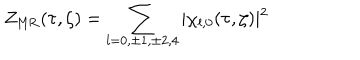
LaTeX: Z _ { \mathrm { M R } } ( \tau , \zeta ) = \sum _ { l = 0 , \pm 1 , \pm 2 , 4 } \vert \chi _ { l , 0 } ( \tau , \zeta ) \vert ^ { 2 }